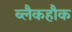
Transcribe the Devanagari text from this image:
ब्लैकहौक